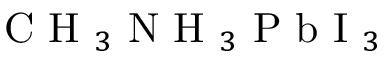
\mathrm { ~ C ~ H ~ } _ { 3 } \mathrm { ~ N ~ H ~ } _ { 3 } \mathrm { ~ P ~ b ~ I ~ } _ { 3 }